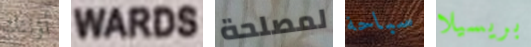
أؤلئك WARDS لمصلحة سباحة بريسيلا